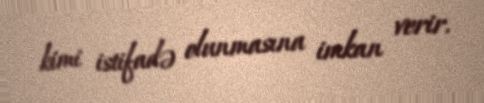
kimi istifadə olunmasına imkan verir.